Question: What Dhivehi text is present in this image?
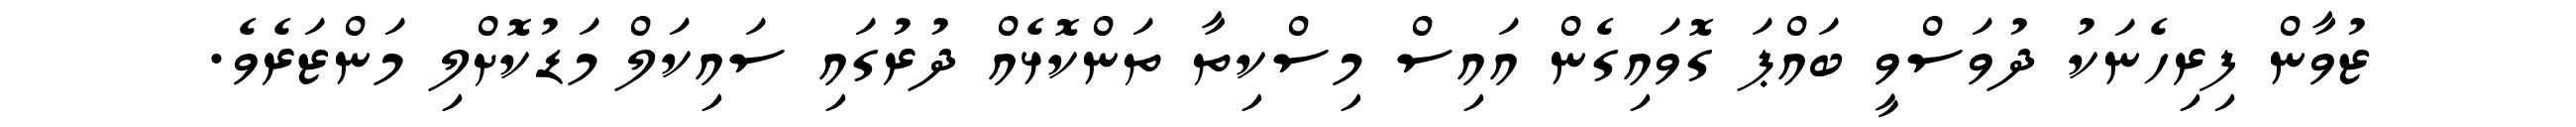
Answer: ޒުވާން ފިރިހެނަކު ދުވަސްވީ ބައްޕަ ގޮވައިގެން އައިސް މިސްކިތާ ތަންކޮޅެއް ދުރުގައި ސައިކަލް މަޑުކޮށްލި މަންޒަރެވެ.